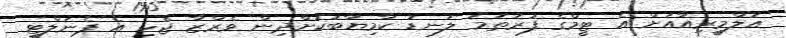
އަލްމީރިއާއަށް އެ ޓީމްގެ ފުރަތަމަ ލަނޑު ކާމިޔާބުކޮށްދިން ވެރްޒާ ޖެހި އެ ޕެނަލްޓީ